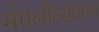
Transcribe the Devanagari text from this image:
मंगलोत्सवाचा